Scottish Leaving Certificate Examination, 1958
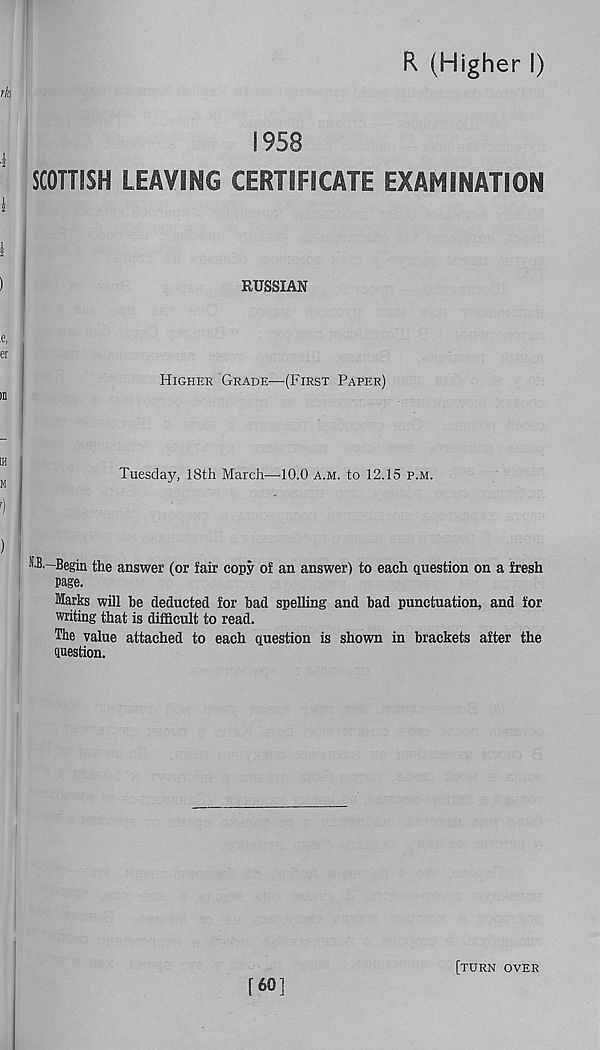
R (Higher I)
1958
SCOTTISH LEAVING CERTIFICATE EXAMINATION
RUSSIAN
Higher Grade—(First Paper)
Tuesday, 18th March—10.0 a.m. to 12.15 p.m.
O,—Begin the answer (or fair copy of an answer! to each question on a fresh
Page.
Marks will be deducted for bad spelling and bad punctuation, and for
writing that is difficult to read.
The value attached to each question is shown in brackets after the
pestion.
[60]
[turn over